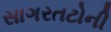
સાગરતટોની